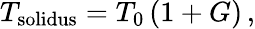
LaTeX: T_{\mathrm{solidus}}=T_{\mathrm{0}}\left(1+G\right)\, ,